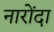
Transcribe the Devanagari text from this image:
नारोंदा